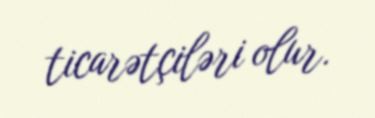
ticarətçiləri olur.